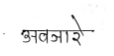
मजकूर: अवजारे